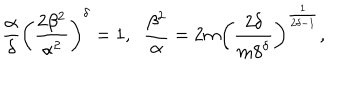
LaTeX: \frac { \alpha } { \delta } \left( \frac { 2 \beta ^ { 2 } } { \alpha ^ { 2 } } \right) ^ { \delta } = 1 , \; \; \frac { \beta ^ { 2 } } { \alpha } = 2 m \left( \frac { 2 \delta } { m 8 ^ { \delta } } \right) ^ { \frac { 1 } { 2 \delta - 1 } } ,